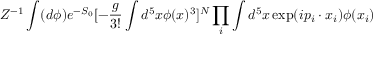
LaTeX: Z ^ { - 1 } \int ( d \phi ) e ^ { - S _ { 0 } } [ - \frac { g } { 3 ! } \int d ^ { 5 } x \phi ( x ) ^ { 3 } ] ^ { N } \prod _ { i } \int d ^ { 5 } x \exp ( i p _ { i } \cdot x _ { i } ) \phi ( x _ { i } )